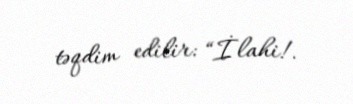
təqdim edilir: “İlahi!.